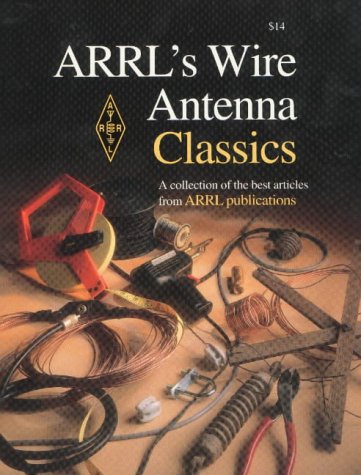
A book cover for ARRL's Wire Antenna Classics; ARRL Inc.; Crafts, Hobbies & Home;